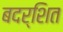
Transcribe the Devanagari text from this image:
बदर्शित